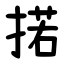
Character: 掿